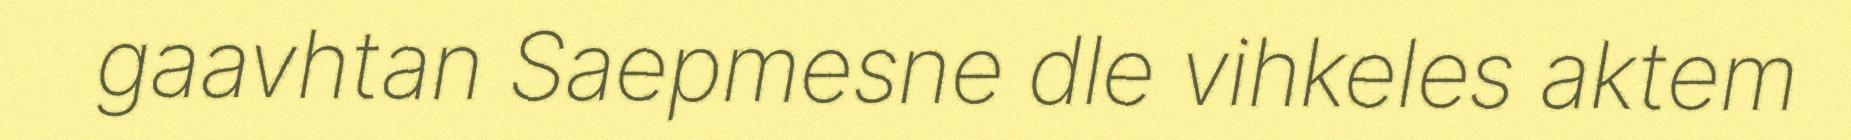
gaavhtan Saepmesne dle vihkeles aktem